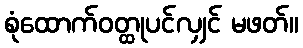
စုံထောက်ဝတ္ထုပင်လျှင် မဖတ်။